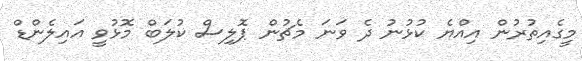
މީގެއިތުރުން އިއްޔެ ކުޅުނު ދެ ވަނަ މެޗުން ޕޮލިސް ކުލަބް މޮޅުވީ އައިލެންޑް